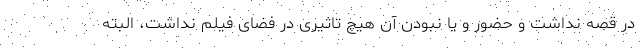
در قصه نداشت و حضور و یا نبودن آن هیچ تاثیری در فضای فیلم نداشت، البته